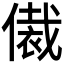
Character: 𬿢